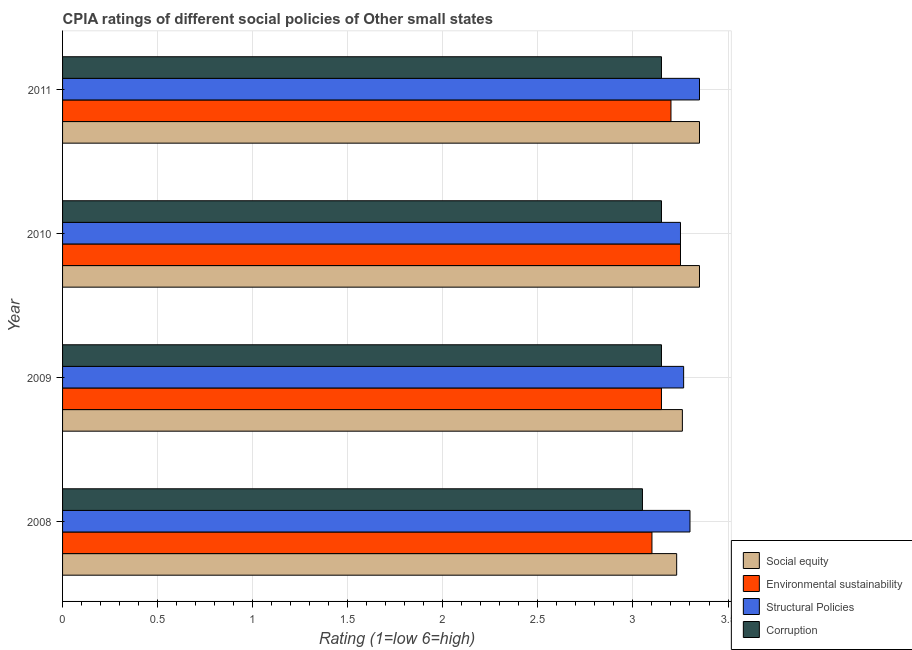
| Year | Social equity | Environmental sustainability | Structural Policies | Corruption |
 | --- | --- | --- | --- | --- |
 | 2008 | 3.23 | 3.1 | 3.3 | 3.05 |
 | 2009 | 3.26 | 3.15 | 3.27 | 3.15 |
 | 2010 | 3.35 | 3.25 | 3.25 | 3.15 |
 | 2011 | 3.35 | 3.2 | 3.35 | 3.15 |